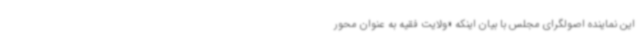
این نماینده اصولگرای مجلس با بیان اینکه «ولایت فقیه به عنوان محور